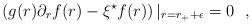
LaTeX: \begin{align*}\left( g(r)\partial_r f(r)-\xi^\star f(r)\right) |_{r=r_++\epsilon}=0~~,\end{align*}